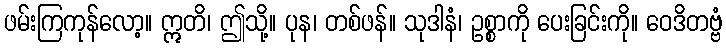
ဖမ်းကြကုန်လော့။ ဣတိ၊ ဤသို့။ ပုန၊ တစ်ဖန်။ သုဒါနံ၊ ဥစ္စာကို ပေးခြင်းကို။ ဝေဒိတဗ္ဗံ